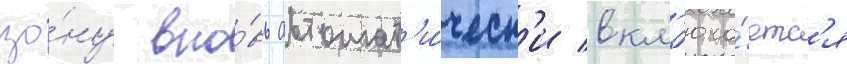
зо́ну вно́вь автомат'и́ческ'и вкл'юча́етс'я